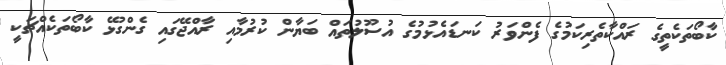
ކާބޯތަކެތީގެ ރައްކާތެރިކަމުގެ ފެންވަރު ކަނޑައެޅުމުގެ އުސޫލުތައް ބަޔާން ކުރުމާއި ރާއްޖޭގައި ގެންގުޅޭ ކާބޯތަކެއްޗަކީ